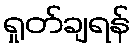
ရှုတ်ချရန်